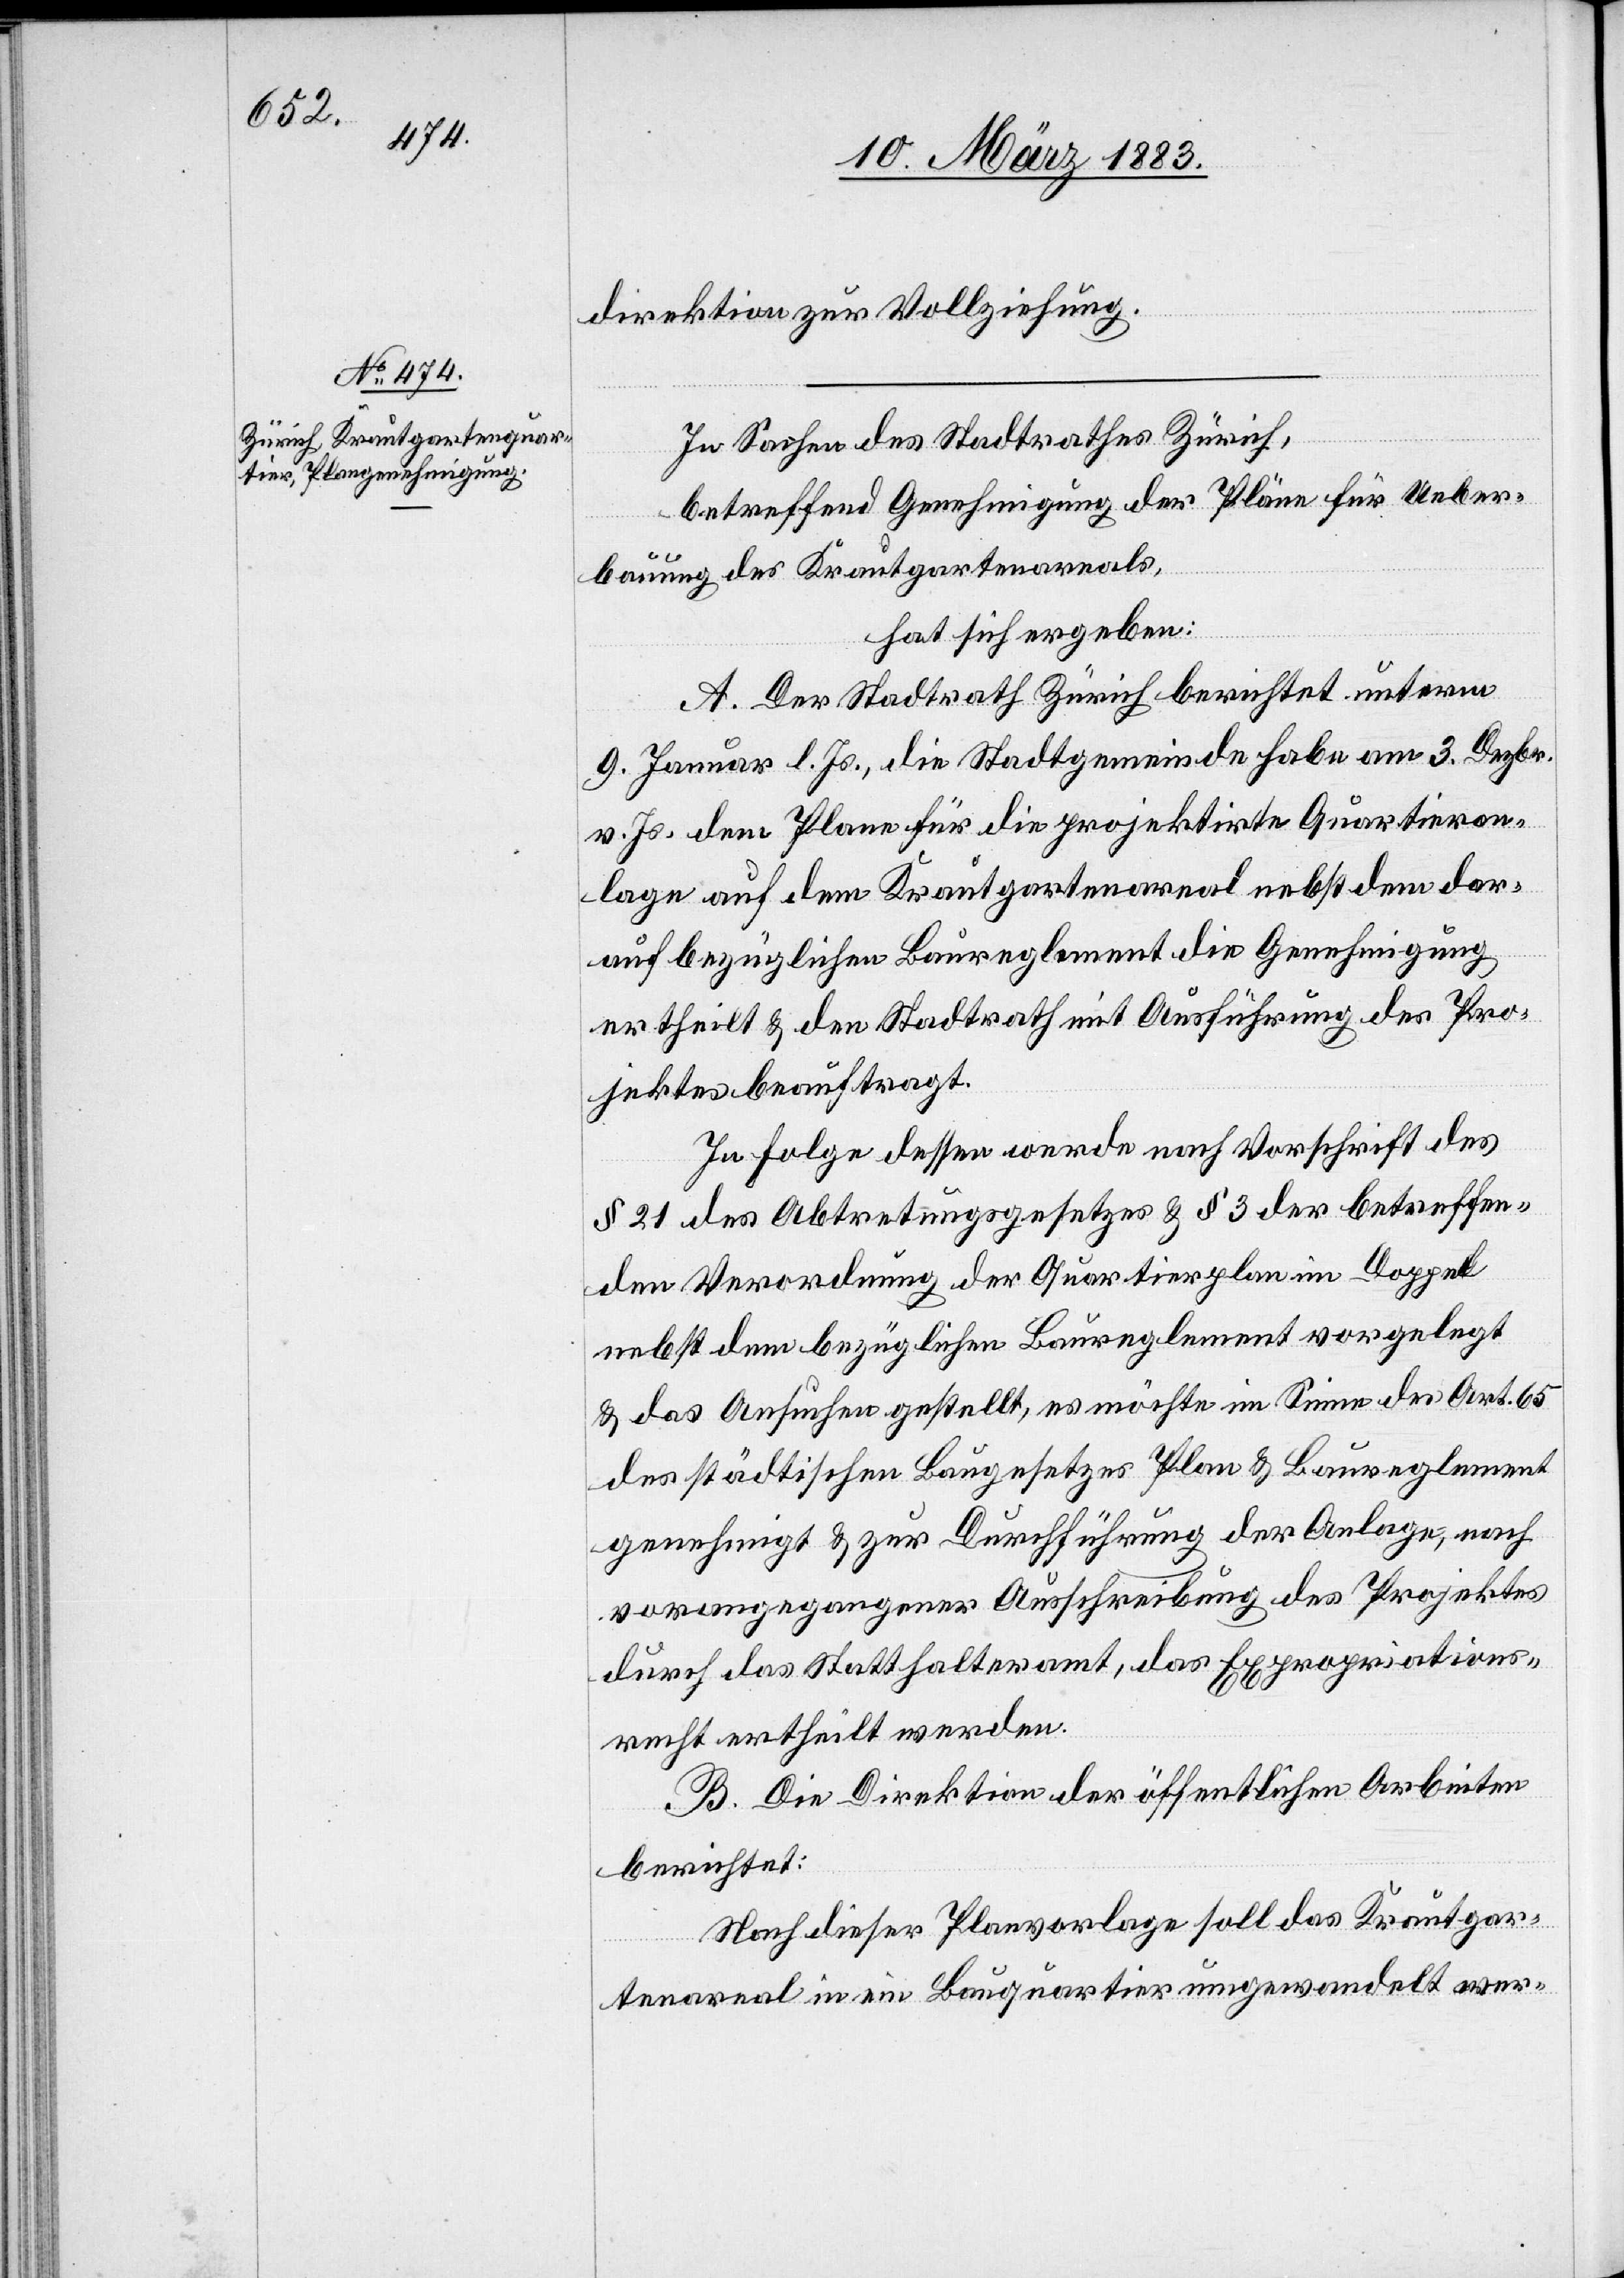
hat,